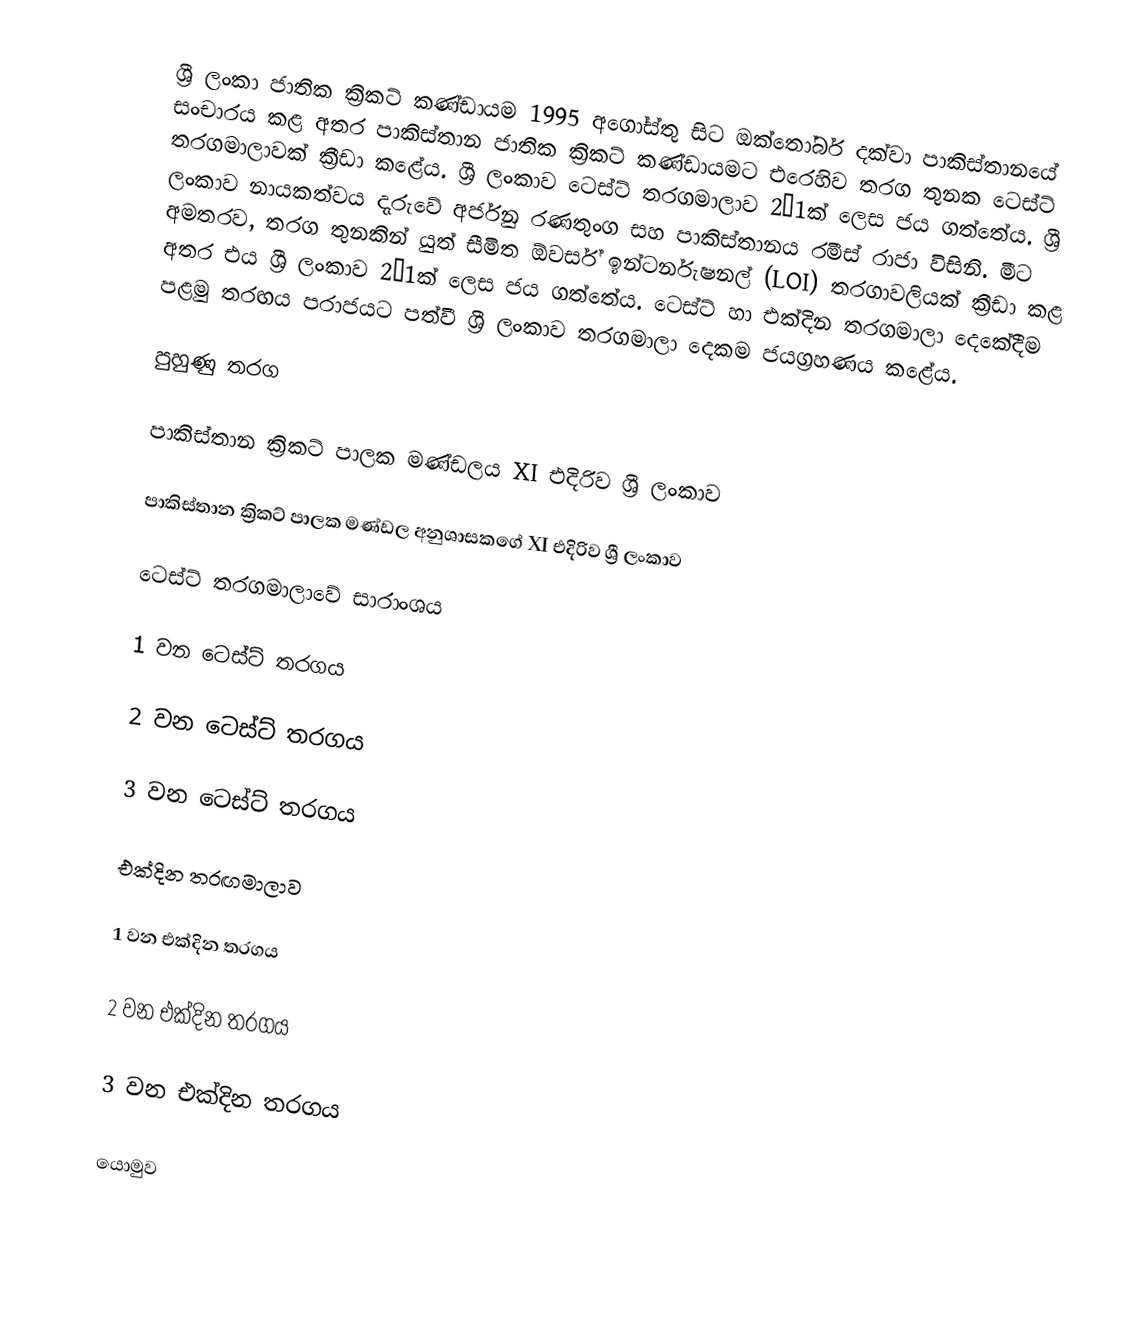
ශ්‍රී ලංකා ජාතික ක්‍රිකට් කණ්ඩායම 1995 අගෝස්තු සිට ඔක්තෝබර් දක්වා පාකිස්තානයේ සංචාරය කළ අතර පාකිස්තාන ජාතික ක්‍රිකට් කණ්ඩායමට එරෙහිව තරග තුනක ටෙස්ට් තරගමාලාවක් ක්‍රීඩා කළේය. ශ්‍රී ලංකාව ටෙස්ට් තරගමාලාව 2–1ක් ලෙස ජය ගත්තේය. ශ්‍රී ලංකාව නායකත්වය දැරුවේ අර්ජුන රණතුංග සහ පාකිස්තානය රමීස් රාජා විසිනි. මීට අමතරව, තරග තුනකින් යුත් සීමිත ඕවර්ස් ඉන්ටර්නැෂනල් (LOI) තරගාවලියක් ක්‍රීඩා කළ අතර එය ශ්‍රී ලංකාව 2–1ක් ලෙස ජය ගත්තේය. ටෙස්ට් හා එක්දින තරගමාලා දෙකේදීම පළමු තරඟය පරාජයට පත්වී ශ්‍රී ලංකාව තරගමාලා දෙකම ජයග්‍රහණය කළේය.

පුහුණු තරග

පාකිස්තාන ක්‍රිකට් පාලක මණ්ඩලය XI එදිරිව ශ්‍රී ලංකාව

පාකිස්තාන ක්‍රිකට් පාලක මණ්ඩල අනුශාසකගේ XI එදිරිව ශ්‍රී ලංකාව

ටෙස්ට් තරගමාලාවේ සාරාංශය

1 වන ටෙස්ට් තරගය

2 වන ටෙස්ට් තරගය

3 වන ටෙස්ට් තරගය

එක්දින තරඟමාලාව

1 වන එක්දින තරගය

2 වන එක්දින තරගය

3 වන එක්දින තරගය

යොමුව